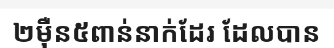
២ម៉ឺន៥ពាន់នាក់ដែរ ដែលបាន